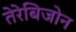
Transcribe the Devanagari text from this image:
तेरेबिजोन